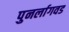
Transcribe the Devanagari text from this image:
पुनर्लागवड